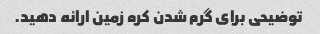
توضیحی برای گرم شدن کره زمین ارائه دهید.